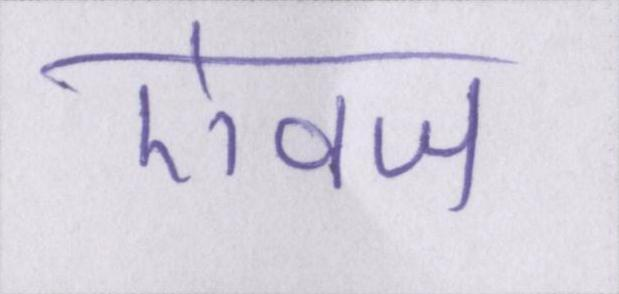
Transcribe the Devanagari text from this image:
ऐवज